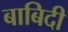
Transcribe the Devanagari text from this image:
बाबिदी